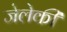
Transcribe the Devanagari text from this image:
जेलेकी